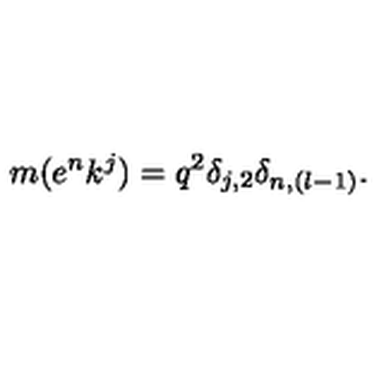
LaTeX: m ( e ^ { n } k ^ { j } ) = q ^ { 2 } \delta _ { j , 2 } \delta _ { n , ( l - 1 ) } .